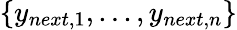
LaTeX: \{ y_{next,1},...,y_{next,n}\}